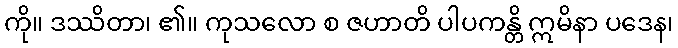
ကို။ ဒဿိတာ၊ ၏။ ကုသလော စ ဇဟာတိ ပါပကန္တိ ဣမိနာ ပဒေန၊